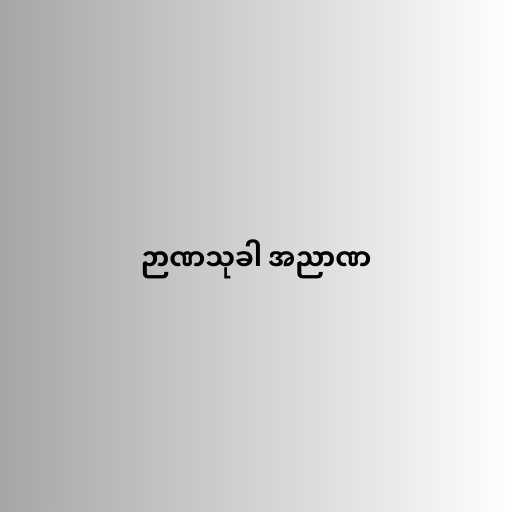
ဉာဏသုခါ အညာဏ